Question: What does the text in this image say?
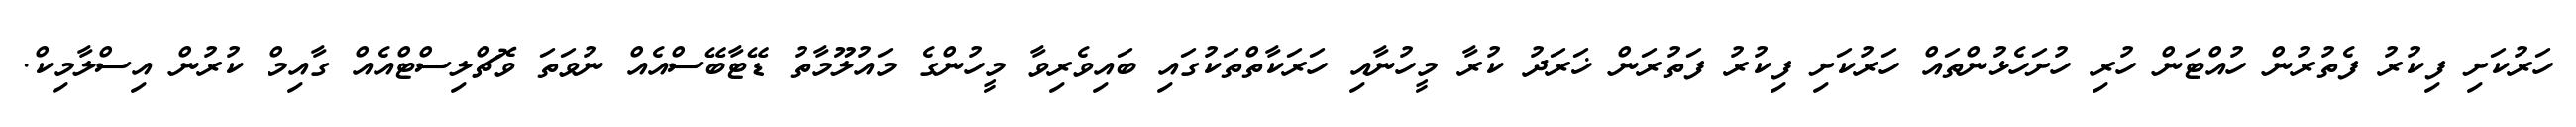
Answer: ހަރުކަށި ފިކުރު ފެތުރުން ހުއްޓަން ހުރި ހުށަހެޅުންތައް ހަރުކަށި ފިކުރު ފަތުރަން ޚަރަދު ކުރާ މީހުނާއި ހަރަކާތްތަކުގައި ބައިވެރިވާ މީހުންގެ މައުލޫމާތު ޑޭޓާބޭސްއެއް ނުވަތަ ވޮޗްލިސްޓްއެއް ގާއިމް ކުރުން އިސްލާމިކް.